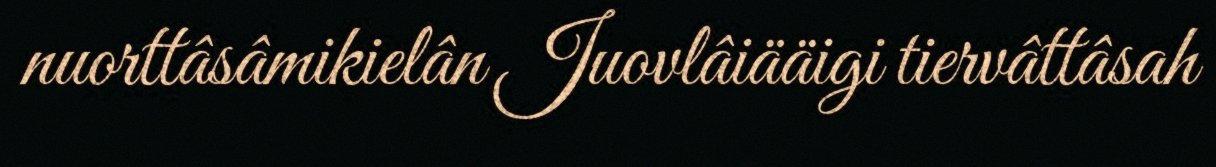
nuorttâsâmikielân Juovlâiääigi tiervâttâsah